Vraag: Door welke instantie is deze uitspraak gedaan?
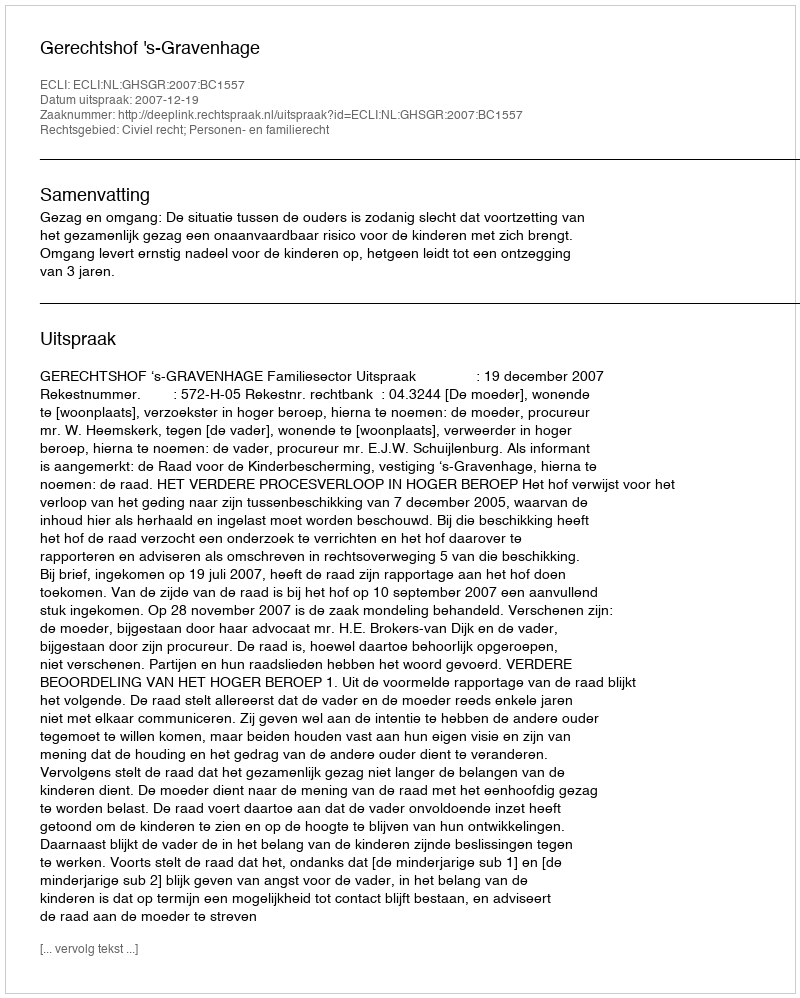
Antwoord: Gerechtshof 's-Gravenhage